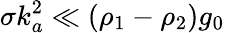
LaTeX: \sigma k_{a}^{2}\ll(\rho_{1}-\rho_{2})g_{0}